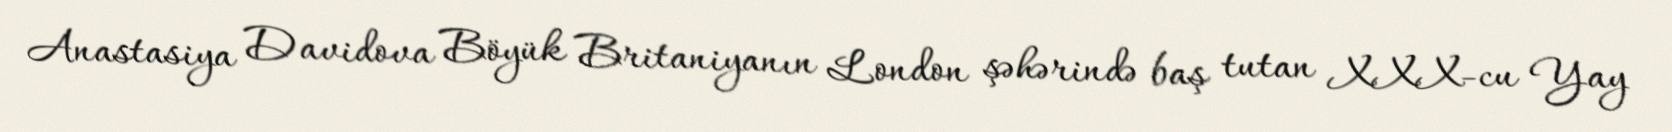
Anastasiya Davidova Böyük Britaniyanın London şəhərində baş tutan XXX-cu Yay